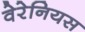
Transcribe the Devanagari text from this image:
वेरेनियस